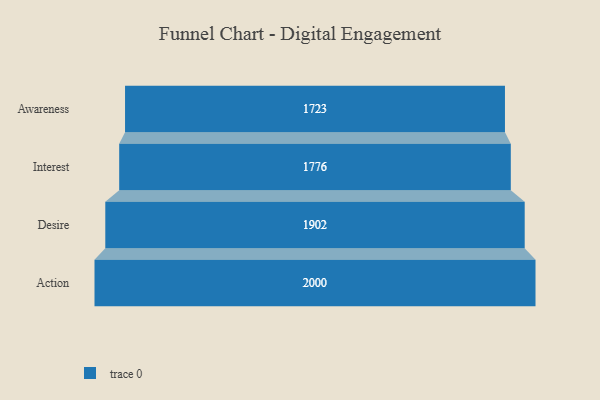
{"axis": {"x": "Stage", "y": "Value"}, "legend": [""], "data": [{"x": "Awareness", "y": 1723.0, "type": ""}, {"x": "Interest", "y": 1776.0, "type": ""}, {"x": "Desire", "y": 1902.0, "type": ""}, {"x": "Action", "y": 2000, "type": ""}]}